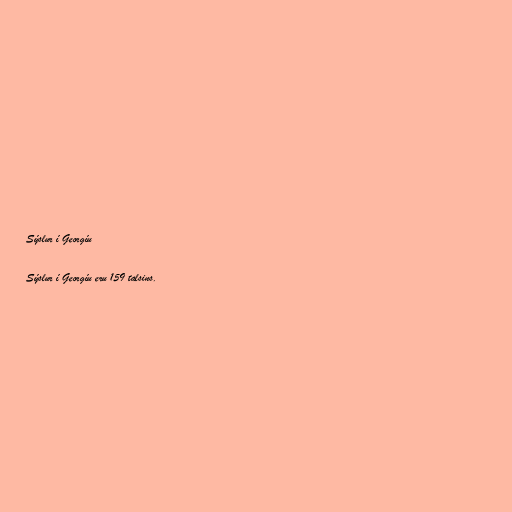
Sýslur í Georgíu

Sýslur í Georgíu eru 159 talsins.